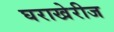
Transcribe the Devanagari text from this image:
घराखेरीज